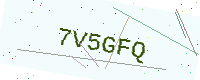
Text: 7V5GFQ